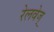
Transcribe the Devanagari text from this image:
रेलवेज्